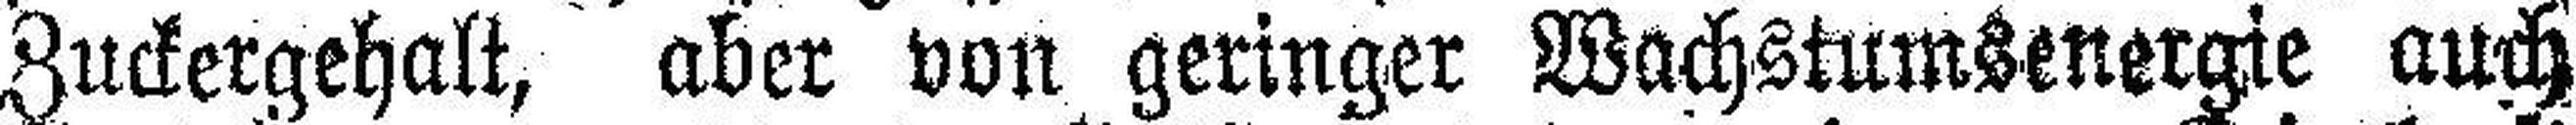
Zuckergehalt, aber von geringer Wachstumsenergie auch